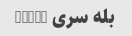
بله سری ds102